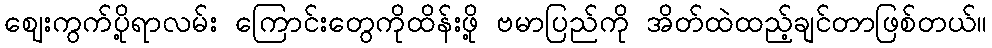
ဈေးကွက်ပို့ရာလမ်း ကြောင်းတွေကိုထိန်းဖို့ ဗမာပြည်ကို အိတ်ထဲထည့်ချင်တာဖြစ်တယ်။